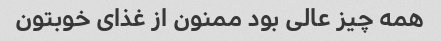
همه چیز عالی بود ممنون از غذای خوبتون